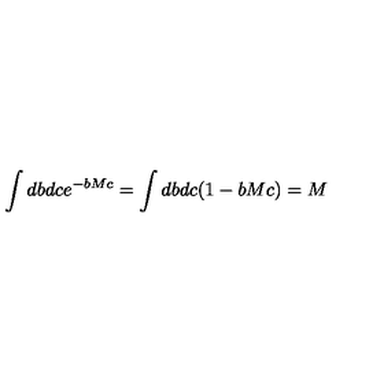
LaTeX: \int d b d c e ^ { - b M c } = \int d b d c ( 1 - b M c ) = M